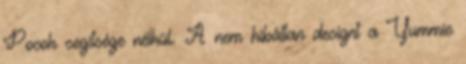
Pocok segítsége nélkül. A nem hibátlan designt a Yummie